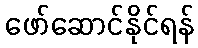
ဖော်ဆောင်နိုင်ရန်